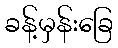
ခန့်မှန်းခြေ